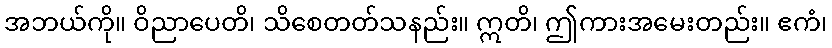
အဘယ်ကို။ ဝိညာပေတိ၊ သိစေတတ်သနည်း။ ဣတိ၊ ဤကားအမေးတည်း။ ဧကံ၊